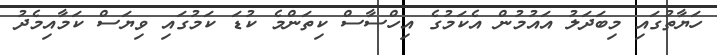
ހަޔާތުގައި މިބަދަލު އައުމުން އެކަމުގެ އިހްސާސް ކިތަންމެ ކުޑަ ކަމުގައި ވިޔަސް ކަމާއިމެދު